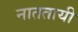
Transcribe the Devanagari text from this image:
नाततायी